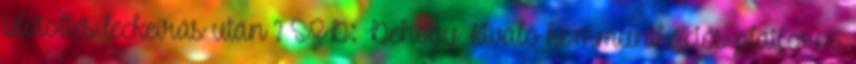
időtöltés leckeírás után ? SZD: Dehogy Kiváló kommunikációs platform,